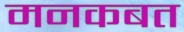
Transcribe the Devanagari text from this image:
मनकबत